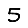
Digit: 5